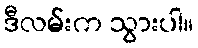
ဒီလမ်းက သွားပါ။